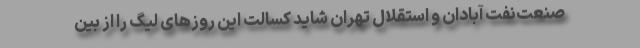
صنعت‌نفت آبادان و استقلال تهران شاید کسالت این روزهای لیگ را از بین